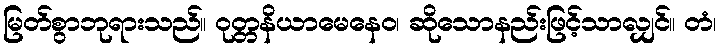
မြတ်စွာဘုရားသည်။ ဝုတ္တနိယာမေနေဝ၊ ဆိုသောနည်းဖြင့်သာလျှင်။ တံ၊